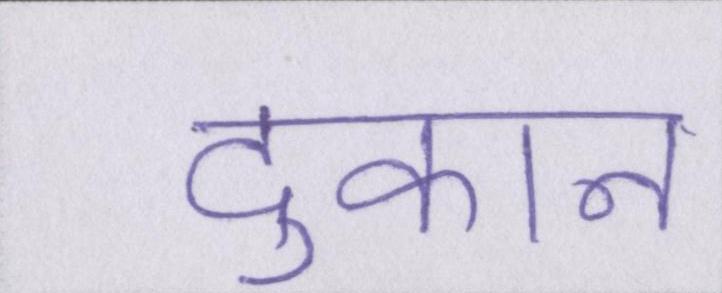
दुकान